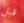
قبل